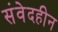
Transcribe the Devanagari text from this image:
संवेदहीन